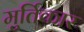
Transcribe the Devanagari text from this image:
मुर्तिकार